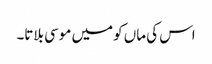
اس کی ماں کو میں موسی بلاتا۔